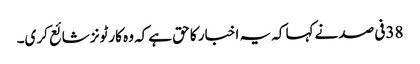
38فی صد نےکہا کہ یہ اخبار کا حق ہےکہ وہ کارٹونز شائع کری۔